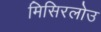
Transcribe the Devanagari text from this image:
मिसिरलोउ